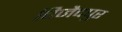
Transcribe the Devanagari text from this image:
विजैदपुर